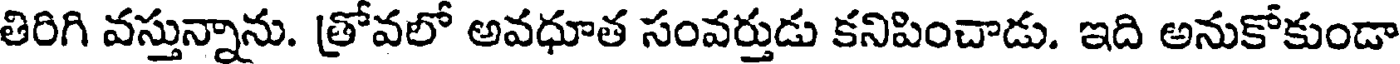
తిరిగి వస్తున్నాను. త్రోవలో అవధూత సంవర్తుడు కనిపించాడు. ఇది అనుకోకుండా